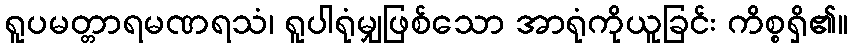
ရူပမတ္တာရမဏရသံ၊ ရူပါရုံမျှဖြစ်သော အာရုံကိုယူခြင်း ကိစ္စရှိ၏။